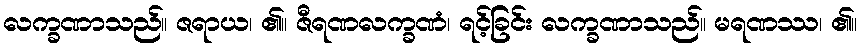
လက္ခဏာသည်။ ဇရာယ၊ ၏။ ဇီရဏလက္ခဏံ၊ ရင့်ခြင်း လက္ခဏာသည်။ မရဏဿ၊ ၏။